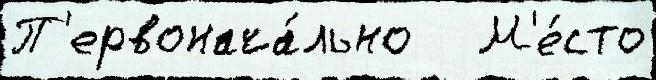
П'ервонача́льно   М'е́сто